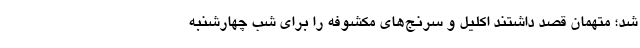
شد؛ متهمان قصد داشتند اکلیل و سرنج‌های مکشوفه را برای شب چهارشنبه